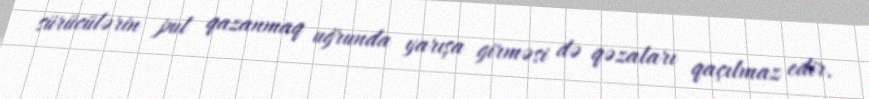
sürücülərin pul qazanmaq uğrunda yarışa girməsi də qəzaları qaçılmaz edir.